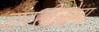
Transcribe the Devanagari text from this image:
वारसीलोना